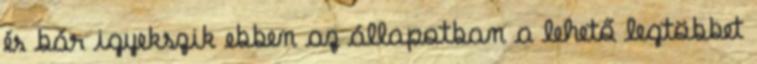
és bár igyekszik ebben az állapotban a lehető legtöbbet